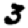
Digit: 3